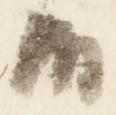
御